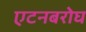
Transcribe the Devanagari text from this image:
एटनबरोघ